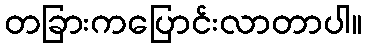
တခြားကပြောင်းလာတာပါ။